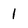
Character: 1